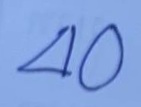
40